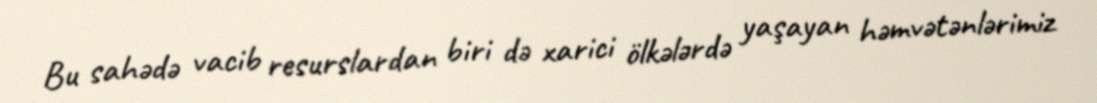
Bu sahədə vacib resurslardan biri də xarici ölkələrdə yaşayan həmvətənlərimiz